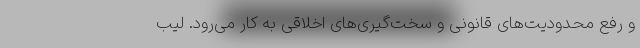
و رفع محدودیت‌های قانونی و سخت‌گیری‌های اخلاقی به کار می‌رود. لیب